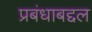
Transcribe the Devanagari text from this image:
प्रबंधाबद्दल